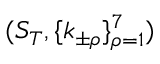
( S _ { T } , \{ k _ { \pm \rho } \} _ { \rho = 1 } ^ { 7 } )